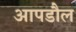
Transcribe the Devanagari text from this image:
आपडौल